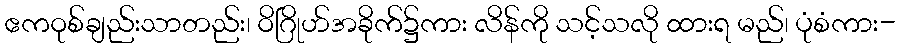
ဧကဝုစ်ချည်းသာတည်း၊ ဝိဂြိုဟ်အခိုက်၌ကား လိန်ကို သင့်သလို ထားရ မည်၊ ပုံစံကား-